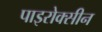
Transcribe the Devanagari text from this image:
पाइरोक्सीन